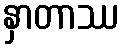
နှာတာဿ